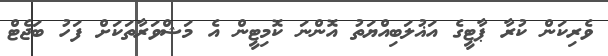
ވެރިކަން ކުރާ ޕާޓީގެ އަޣުލަބިއްޔަތު އޮންނަ ކޮމިޓީން އެ މަޝްވަރާތަކަށް ފަހު ބަޖެޓް